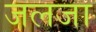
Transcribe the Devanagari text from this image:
जलजा